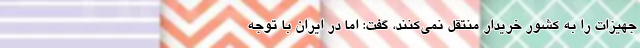
جهیزات را به کشور خریدار منتقل نمی‌کنند، گفت: اما در ایران با توجه